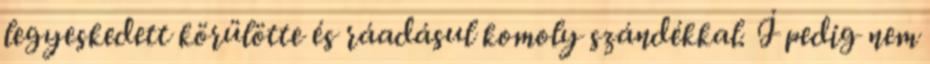
legyeskedett körülötte és ráadásul komoly szándékkal. İ pedig nem